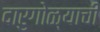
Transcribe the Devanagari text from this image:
दारुगोळ्याची